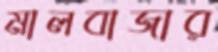
মালবাজার